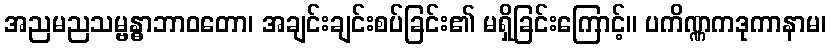
အညမညသမ္ဗန္ဓာဘာဝတော၊ အချင်းချင်းစပ်ခြင်း၏ မရှိခြင်းကြောင့်။ ပကိဏ္ဏကဒုကာနာမ၊